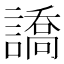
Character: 譑